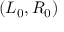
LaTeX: ( L _ { 0 } , R _ { 0 } )